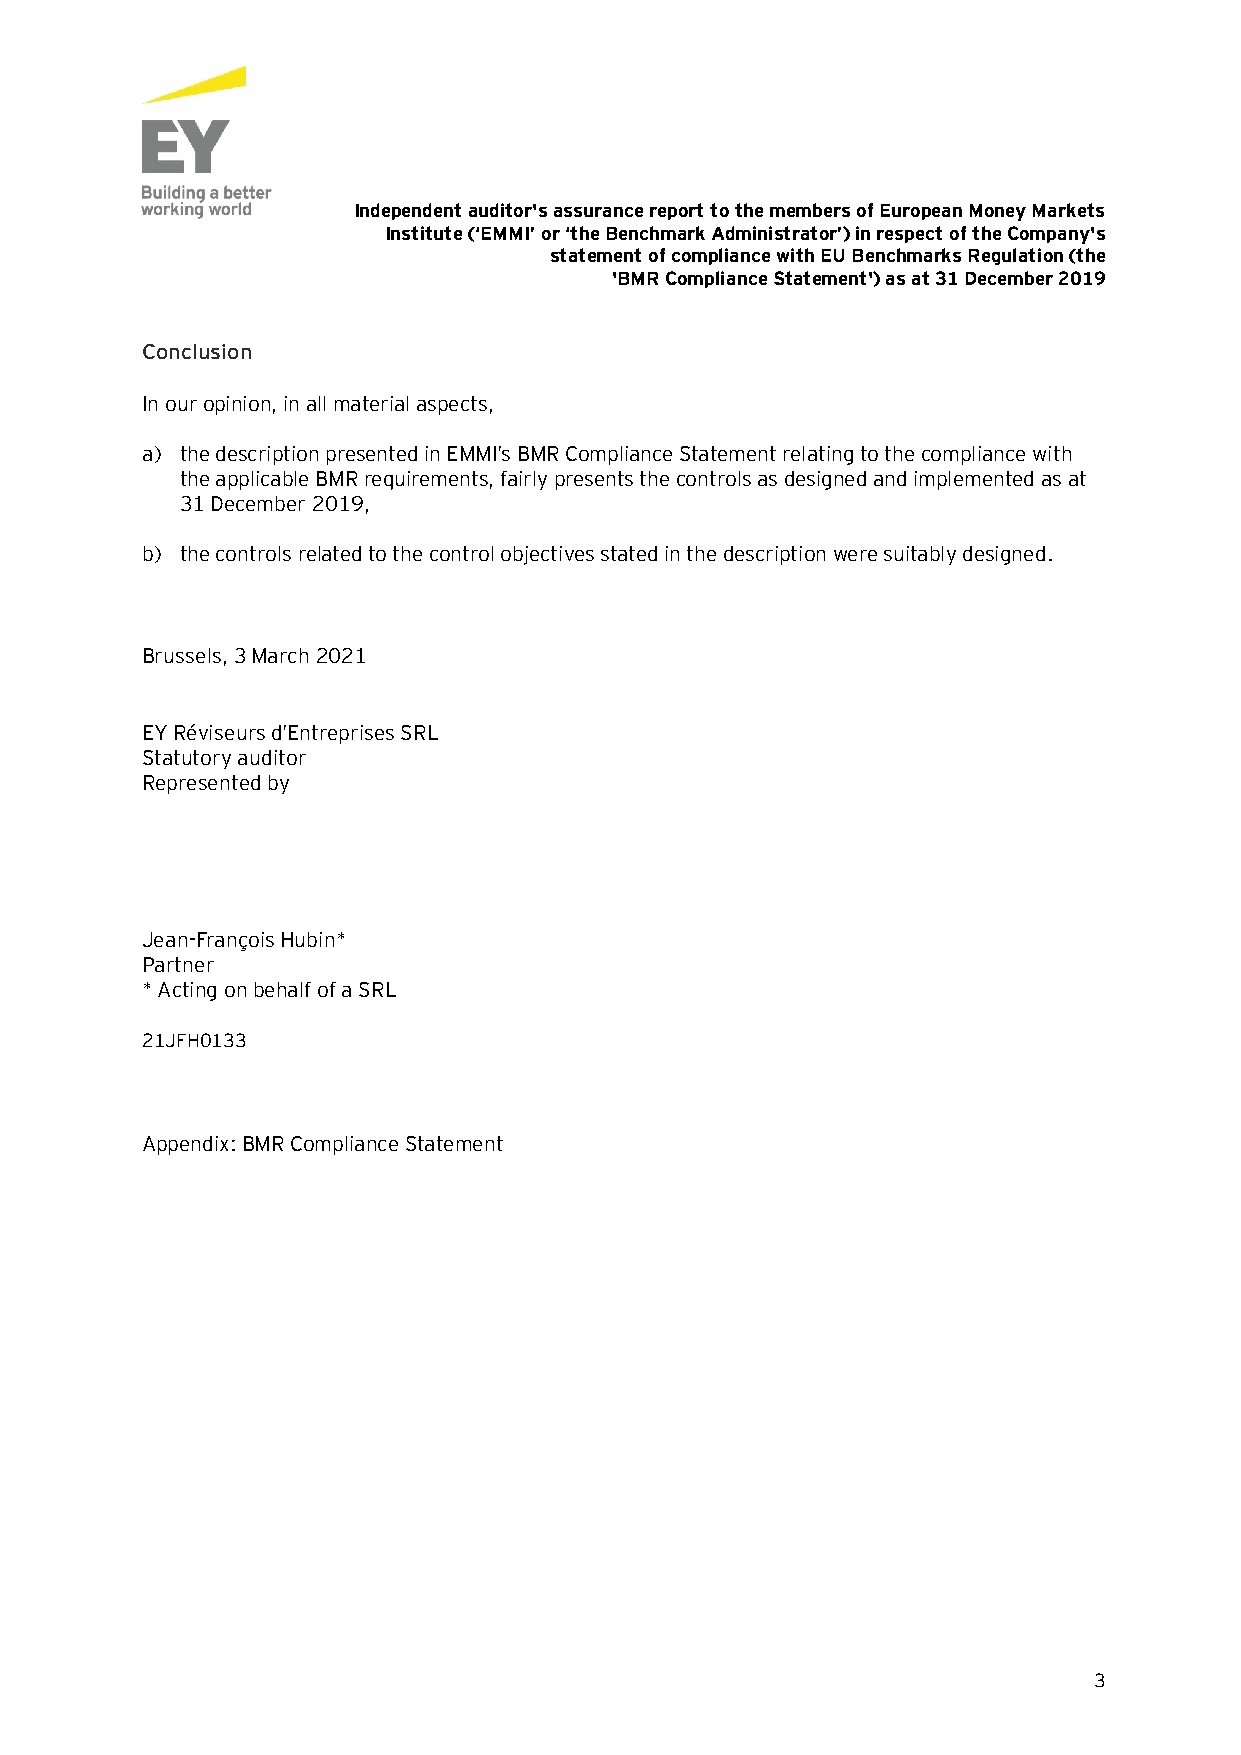
Independent auditor's assurance report to the members of European Money Markets
 Institute (‘EMMI’ or ‘the Benchmark Administrator’) in respect of the Company's
 statement of compliance with EU Benchmarks Regulation (the
 'BMR Compliance Statement') as at 31 December 2019
 Conclusion
 In our opinion, in all material aspects,
 a) the description presented in EMMI’s BMR Compliance Statement relating to the compliance with
 the applicable BMR requirements, fairly presents the controls as designed and implemented as at
 31 December 2019,
 b) the controls related to the control objectives stated in the description were suitably designed.
 Brussels, 3 March 2021
 EY Réviseurs d’Entreprises SRL
 Statutory auditor
 Represented by
 Jean-François Hubin*
 Partner
 * Acting on behalf of a SRL
 21JFH0133
 Appendix: BMR Compliance Statement
 3